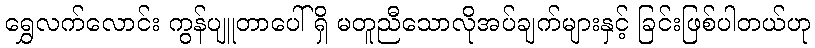
ရွှေလက်လောင်း ကွန်ပျူတာပေါ်ရှိ မတူညီသောလိုအပ်ချက်များနှင့် ခြင်းဖြစ်ပါတယ်ဟု